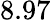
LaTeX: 8.97